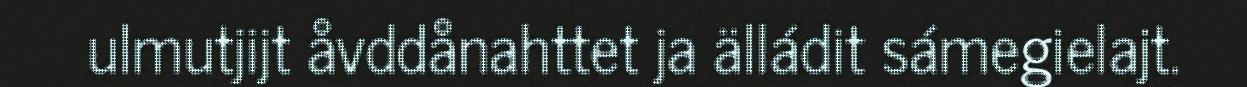
ulmutjijt åvddånahttet ja älládit sámegielajt.